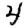
Digit: 4